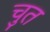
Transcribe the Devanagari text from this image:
चुत